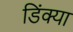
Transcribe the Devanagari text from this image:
डिंक्या